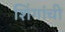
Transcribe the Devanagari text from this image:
शिंगांची